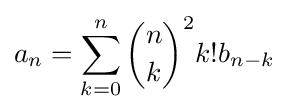
a_{n}=\sum _{k=0}^{n}{\binom {n}{k}}^{2}k!b_{n-k}